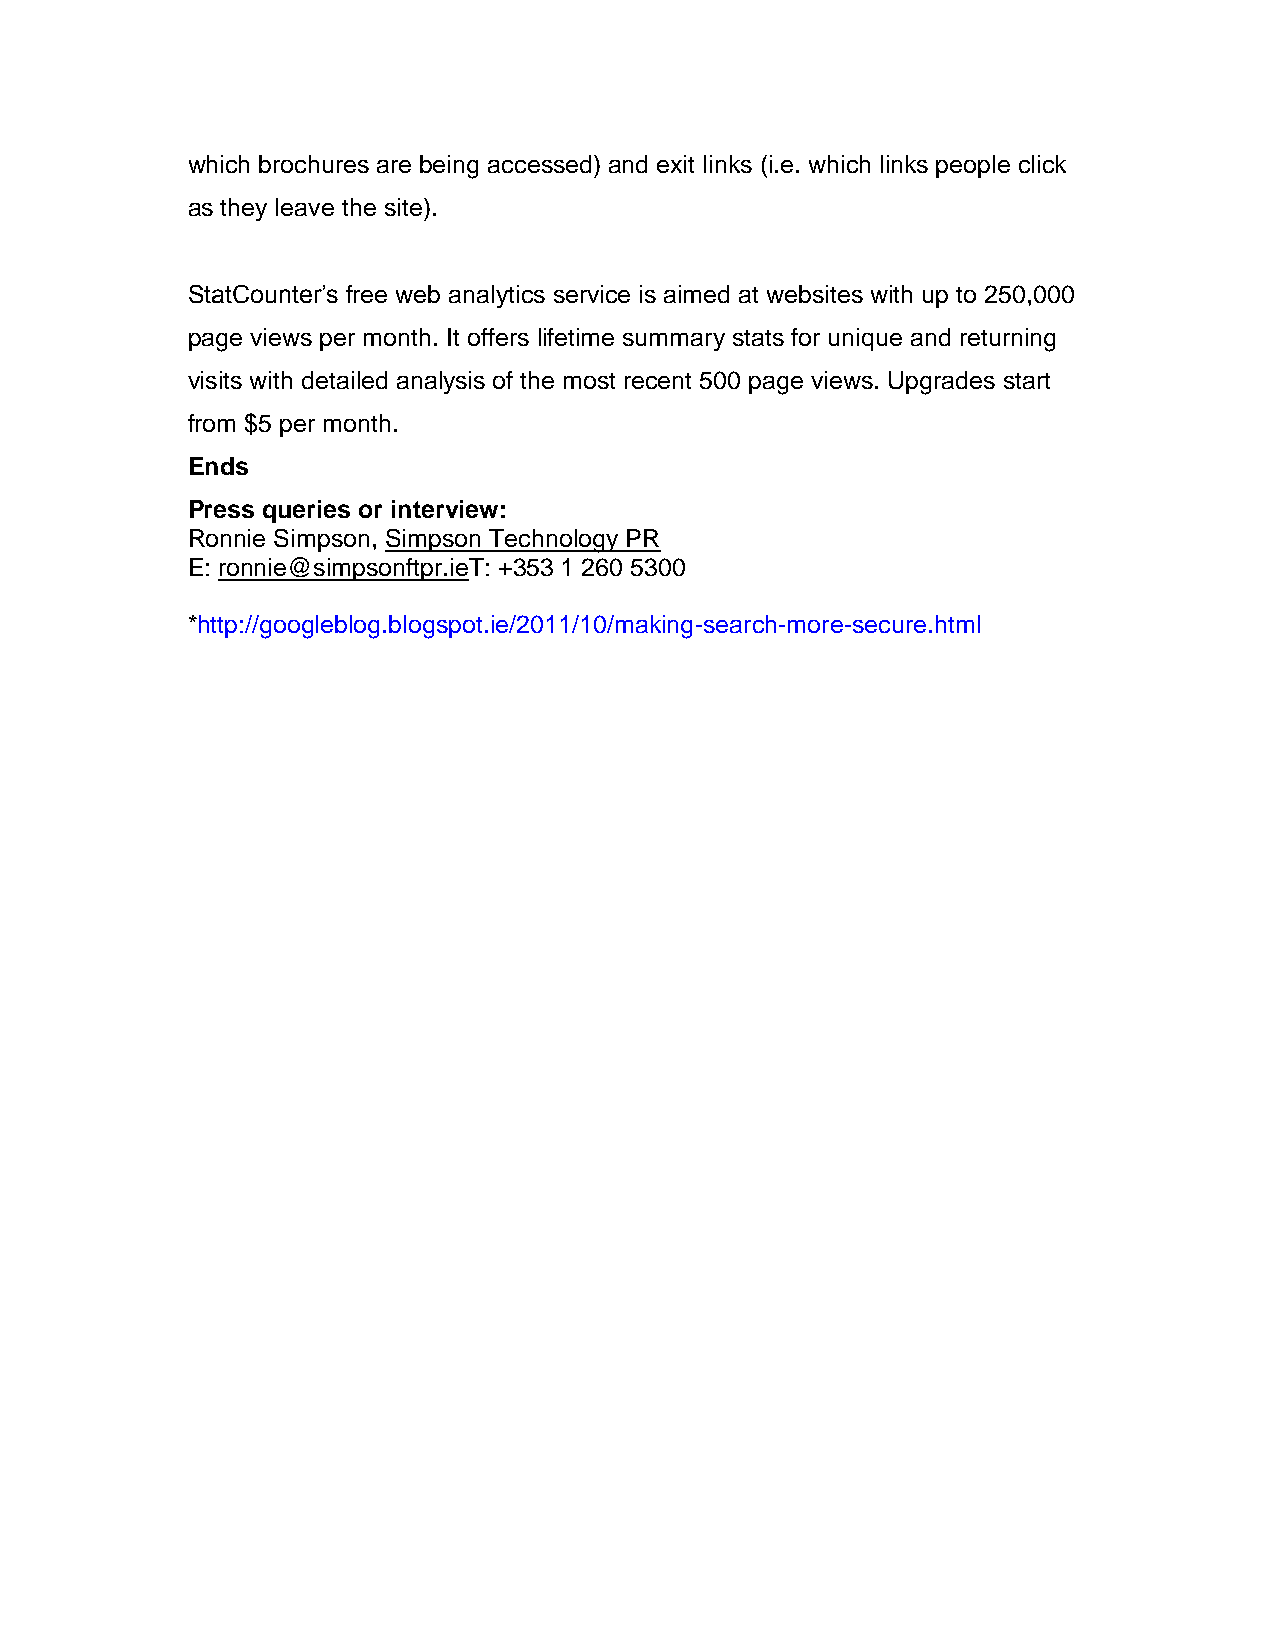
which brochures are being accessed) and exit links (i.e. which links people click
 as they leave the site).
 StatCounter’s free web analytics service is aimed at websites with up to 250,000
 page views per month. It offers lifetime summary stats for unique and returning
 visits with detailed analysis of the most recent 500 page views. Upgrades start
 from $5 per month.
 Ends
 Press queries or interview:
 Ronnie Simpson, Simpson Technology PR
 E: ronnie@simpsonftpr.ieT: +353 1 260 5300
 *http://googleblog.blogspot.ie/2011/10/making-search-more-secure.html